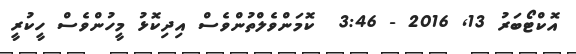
އޮކްޓޯބަރު 13